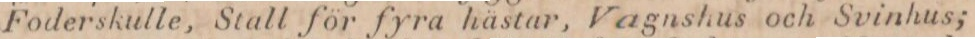
Foderskulle, Stall för fyra hästar, Vagnshus och Svinhus;